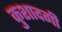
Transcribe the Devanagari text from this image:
कुशादगी